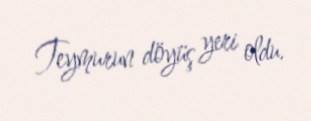
Teymurun döyüş yeri oldu.